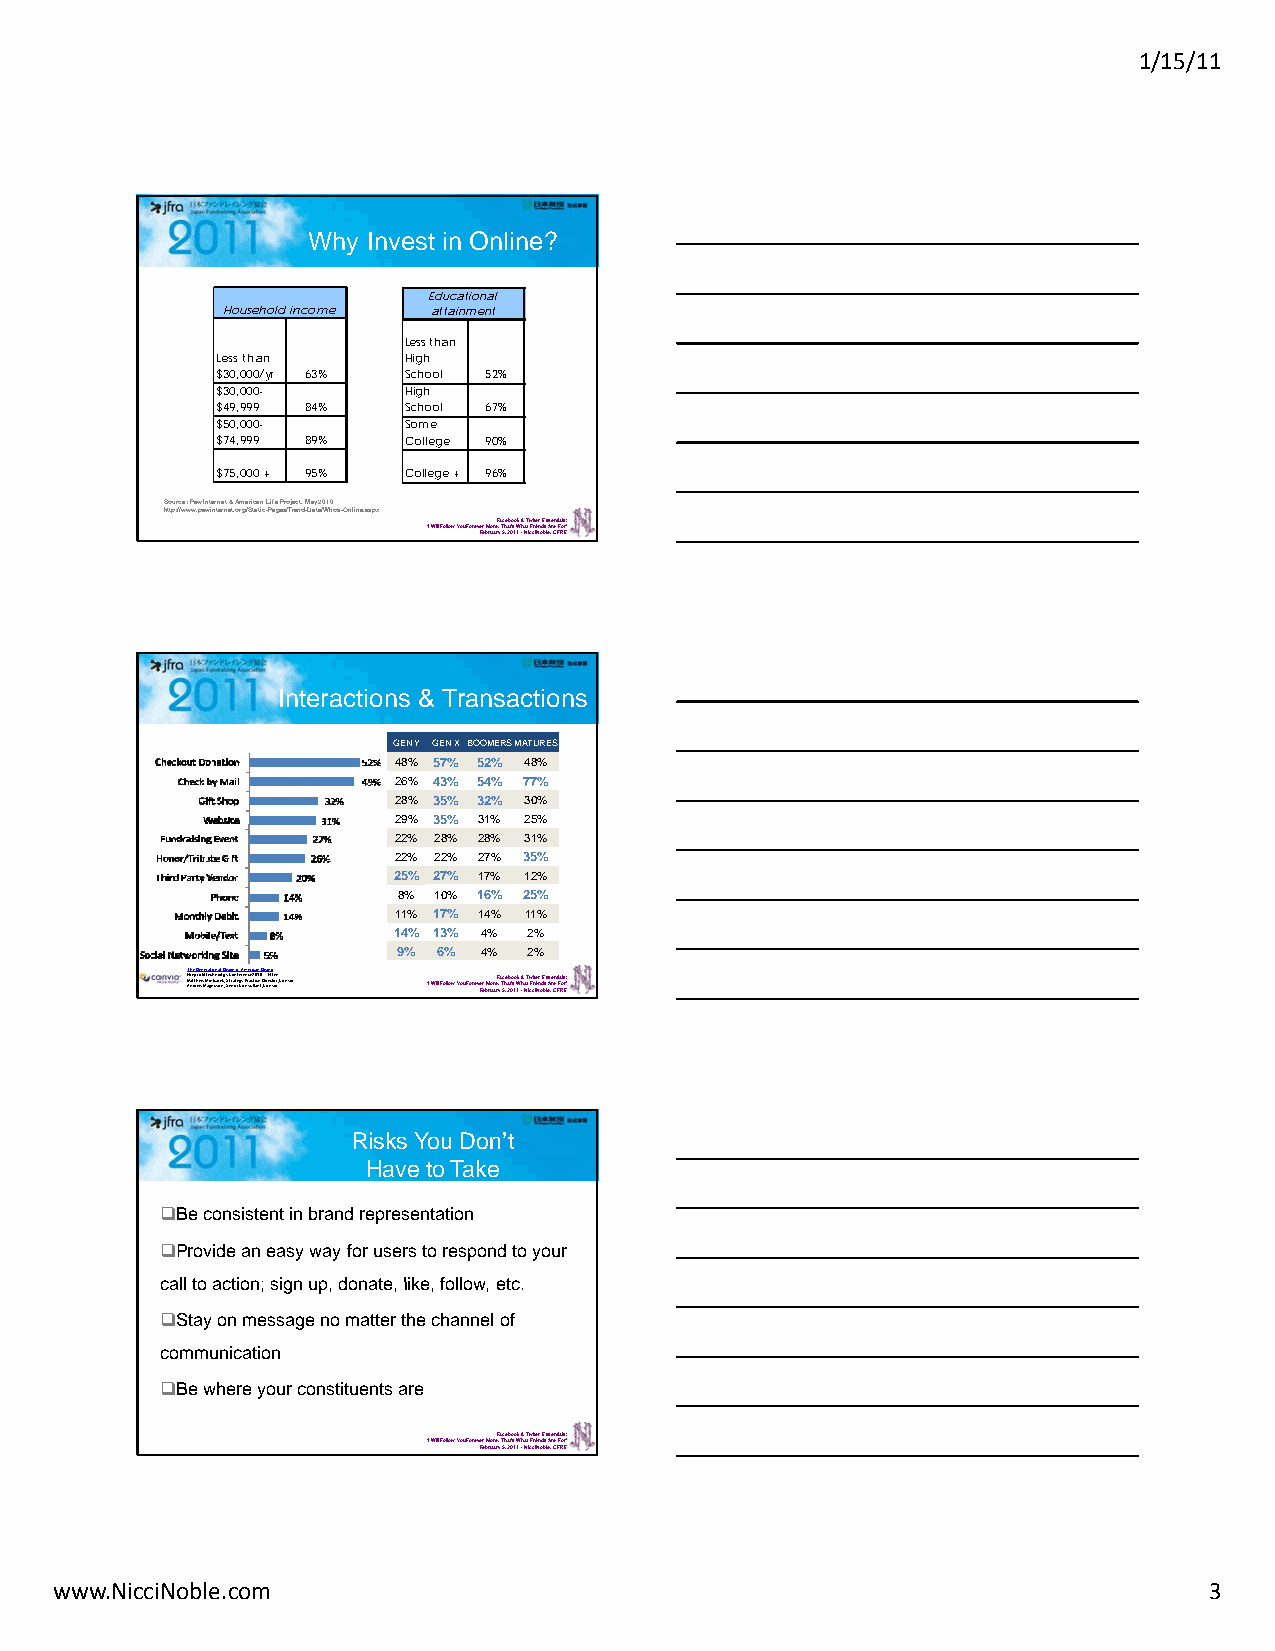
1/15/11
 Why Invest in Online?
 Educational
 Household income attainment
 Less than
 Less than    High
 $30,000/yr 63% School 52%
 $30,000-     High
 $49,999 84%  School 67%
 $50,000-     Some
 $74,999 89%  College 90%
 $75,000 + 95% College + 96%
 Source: Pew Internet & American Life Project, May 2010
 http://www.pewinternet.org/Static-Pages/Trend-Data/Whos-Online.aspx
 ‘I Will Follow You ForeveFre bMrouraerF,y a T5ch,e a2bt0o’s1o W1k & -h NaTti cwFcirt iit ee Nnr o dE bss l esA,e rCnet FiFa Rols Er:’
 Interactions & Transactions
 GEN Y GEN X BOOMERSMATURES
 48% 57% 52% 48%
 26% 43% 54% 77%
 28% 35% 32% 30%
 29% 35% 31% 25%
 22% 28% 28% 31%
 22% 22% 27% 35%
 25% 27% 17% 12%
 8% 10% 16% 25%
 11% 17% 14% 11%
 14% 13% 4% 2%
 9% 6% 4% 2%
 TNMAh noae dntt rpG hereweownf i Met MTr aaeigetci nlohcunnasaoroell o nkDg ,, i yv SSi etCd rneoai onti en rfeg CArye o m Pn nrec saer uci c l2tta ia0cn ne1 t 0G ,D i C-iv roi eNn ncgTtveoionr, Convio ‘I Will Follow You ForeveFre bMrouraerF,y a T5ch,e a2bt0o’s1o W1k & -h NaTti cwFcirt iit ee Nnr o dE bss l esA,e rCnet FiFa Rols Er:’
 Risks You Don’t
 Have to Take
 Be consistent in brand representation
 Provide an easy way for users to respond to your
 ccaallll ttoo aaccttiioonn;; ssiiggnn uupp, ddoonnaattee, lliikkee, ffoollllooww, eettcc.
 Stay on message no matter the channel of
 communication
 Be where your constituents are
 ‘I Will Follow You ForeveFre bMrouraerF,y a T5ch,e a2bt0o’s1o W1k & -h NaTti cwFcirt iit ee Nnr o dE bss l esA,e rCnet FiFa Rols Er:’
 www.NicciNoble.com                                                          3